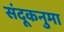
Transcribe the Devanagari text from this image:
संदूकनुमा